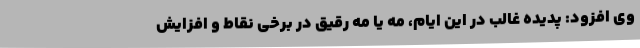
وی افزود: پدیده غالب در این ایام، مه یا مه رقیق در برخی نقاط و افزایش